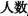
人数